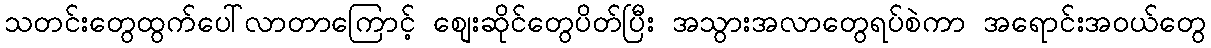
သတင်းတွေထွက်ပေါ်လာတာကြောင့် စျေးဆိုင်တွေပိတ်ပြီး အသွားအလာတွေရပ်စဲကာ အရောင်းအဝယ်တွေ